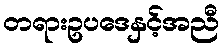
တရားဥပဒေနှင့်အညီ